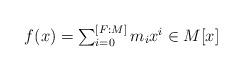
LaTeX: \begin{align*}\textstyle f(x) =\sum_{i=0} ^{[F:M]} m_i x^i \in M [x]\end{align*}